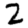
Digit: 2